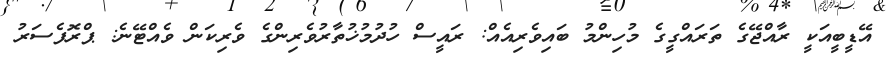
އޭޑީބީއަކީ ރާއްޖޭގެ ތަރައްގީގެ މުހިންމު ބައިވެރިއެއް: ރައީސް ހުދުމުޚުތާރުވެރިންގެ ވެރިކަން ވެއްޓޭނެ: ޕްރޮފެސަރު